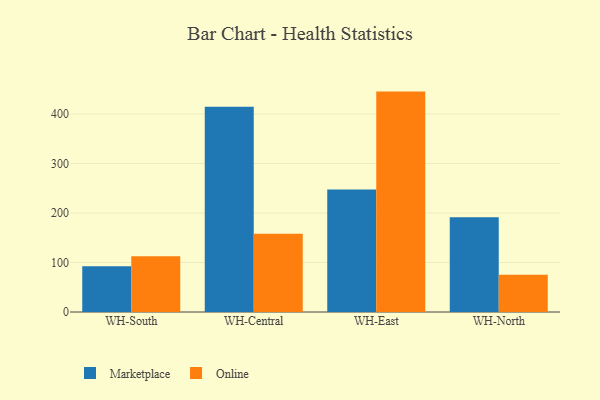
{"axis": {"x": "Warehouse", "y": "Latency (ms)"}, "legend": ["Marketplace", "Online"], "data": [{"x": "WH-South", "y": 92.3, "type": "Marketplace"}, {"x": "WH-South", "y": 112.5, "type": "Online"}, {"x": "WH-Central", "y": 414.8, "type": "Marketplace"}, {"x": "WH-Central", "y": 158.2, "type": "Online"}, {"x": "WH-East", "y": 247.2, "type": "Marketplace"}, {"x": "WH-East", "y": 445.2, "type": "Online"}, {"x": "WH-North", "y": 191.2, "type": "Marketplace"}, {"x": "WH-North", "y": 75.0, "type": "Online"}]}